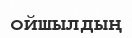
ойшылдың